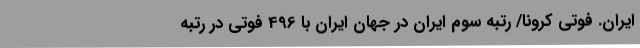
ایران. فوتی کرونا/ رتبه سوم ایران در جهان ایران با 496 فوتی در رتبه